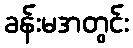
ခန်းမအတွင်း